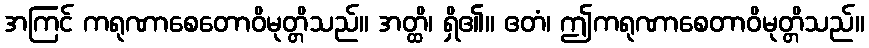
အကြင် ကရုဏာစေတောဝိမုတ္တိသည်။ အတ္ထိ၊ ရှိ၏။ ဧတံ၊ ဤကရုဏာစေတာဝိမုတ္တိသည်။